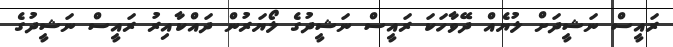
ރައީސް ނަޝީދަށް ލުޔެއް ދޭވާހަކަ ރައީސް ނަޝީދުގެ ލޯޔަރުން ދައްކާއިރު ރައީސް ނަޝީދުގެ